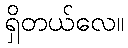
ရှိတယ်လေ။